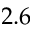
2 . 6